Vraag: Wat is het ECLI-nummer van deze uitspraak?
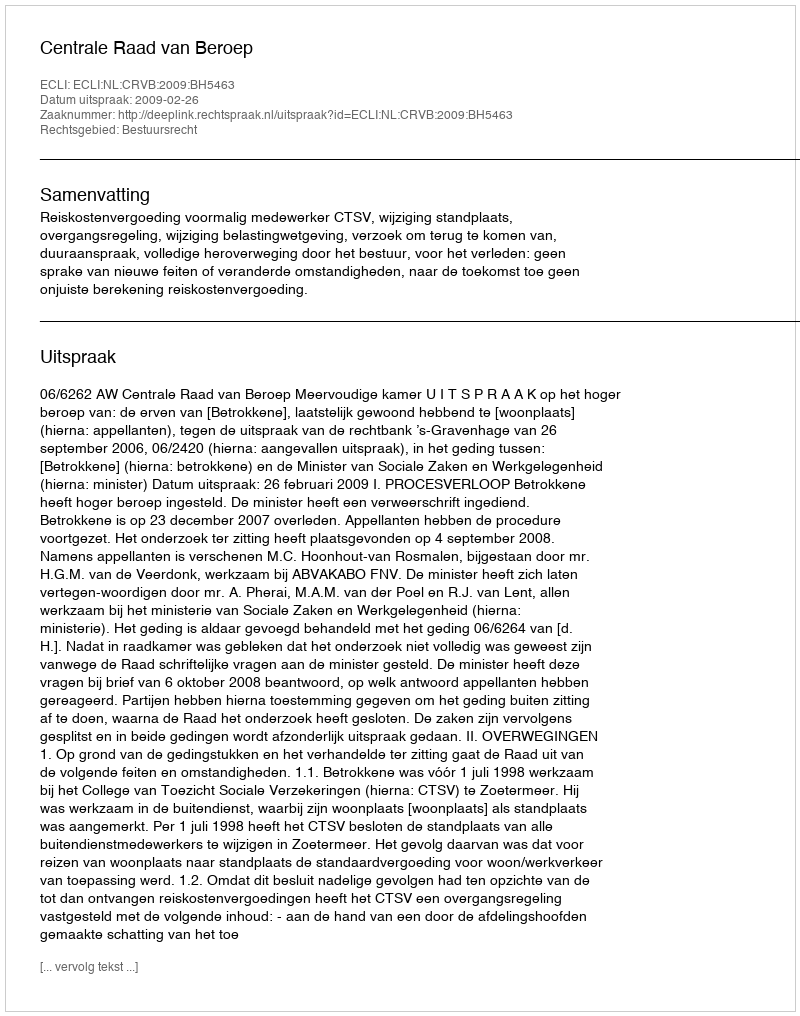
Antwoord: ECLI:NL:CRVB:2009:BH5463